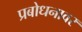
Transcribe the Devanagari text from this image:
प्रबोधनावर